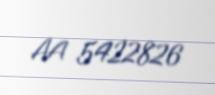
AA 5422826